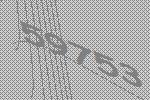
59753